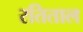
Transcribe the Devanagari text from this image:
रतिताल